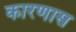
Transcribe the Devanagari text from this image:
कारणास